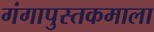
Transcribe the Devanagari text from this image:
गंगापुस्तकमाला